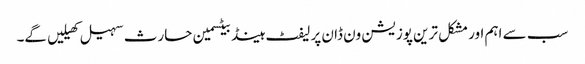
سب سے اہم اور مشکل ترین پوزیشن ون ڈان پر لیفٹ ہینڈ بیٹسمین حارث سہیل کھیلیں گے۔